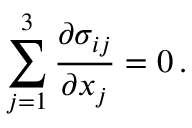
\sum _ { j = 1 } ^ { 3 } \frac { \partial { \sigma _ { i j } } } { \partial { x _ { j } } } = 0 \, .